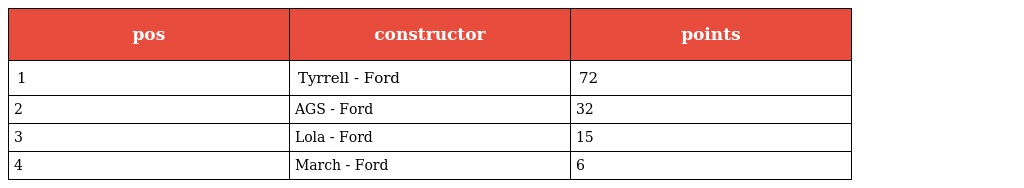
| pos | constructor | points |
 | --- | --- | --- |
 | 1 | Tyrrell - Ford | 72 |
 | 2 | AGS - Ford | 32 |
 | 3 | Lola - Ford | 15 |
 | 4 | March - Ford | 6 |